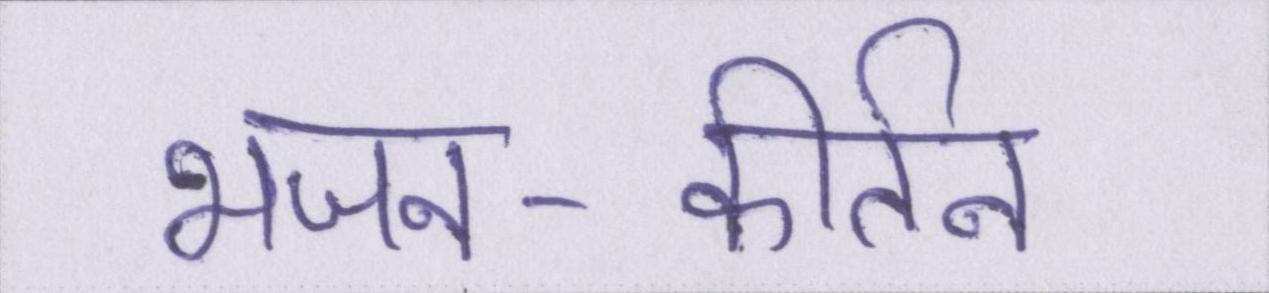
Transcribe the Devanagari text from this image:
भजन-कीर्तन